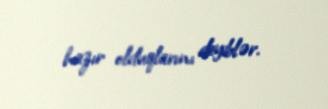
hazır olduqlarını deyiblər.